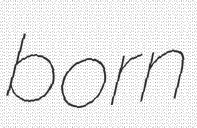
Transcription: born